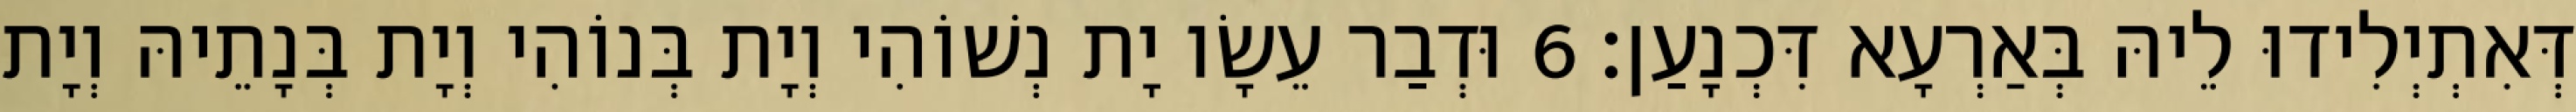
דְּאִתְיְלִידוּ לֵיהּ בְּאַרְעָא דִּכְנָעַן׃ 6 וּדְבַר עֵשָׂו יָת נְשׁוֹהִי וְיָת בְּנוֹהִי וְיָת בְּנָתֵיהּ וְיָת